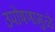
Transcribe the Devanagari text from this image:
उपोषणांमुळे